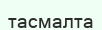
тасмалта